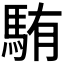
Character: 𩣋